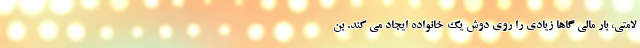
لامتی، بار مالی گاها زیادی را روی دوش یک خانواده ایجاد می کند. بن